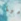
هيا